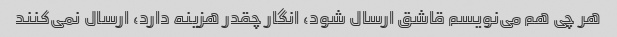
هر چی هم می‌نویسم قاشق ارسال شود، انگار چقدر هزینه دارد، ارسال نمی‌کنند